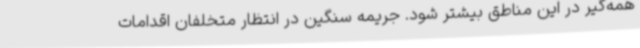
همه‌گیر در این مناطق بیشتر شود. جریمه سنگین در انتظار متخلفان اقدامات